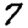
Digit: 7